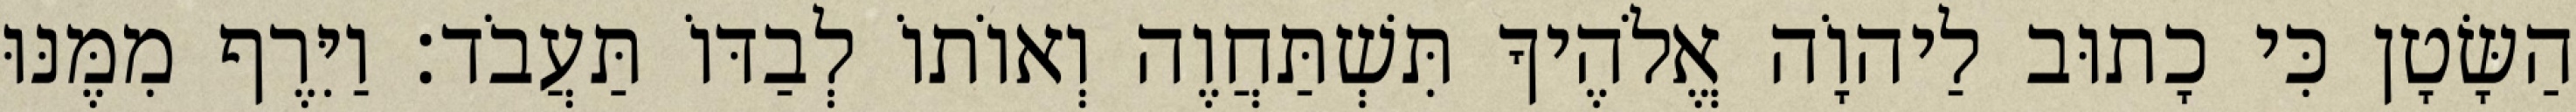
הַשָּׂטָן כִּי כָתוּב לַיהוָֹה אֱלֹהֶיךָ תִּשְׁתַּחֲוֶה וְאוֹתוֹ לְבַדּוֹ תַּעֲבֹד׃ וַיִּרֶף מִמֶּנּוּ